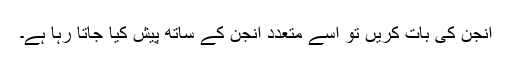
انجن کی بات کریں تو اسے متعدد انجن کے ساتھ پیش کیا جاتا رہا ہے۔